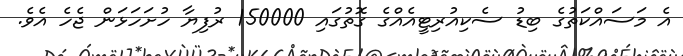
އެ މަސައްކަތުގެ ބިޑު ސެކިއުރިޓީއެއްގެ ގޮތުގައި 150000 ރުފިޔާ ހުށަހަޅަން ޖެހެ އެވެ.